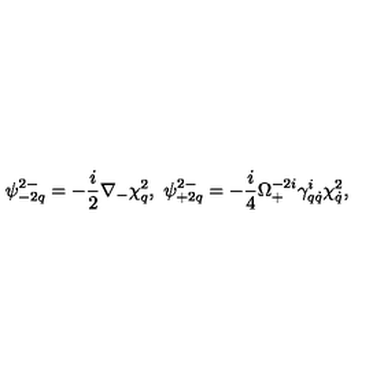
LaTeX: \psi _ { - 2 q } ^ { 2 - } = - \frac { i } { 2 } \nabla _ { - } \chi _ { q } ^ { 2 } , \ \psi _ { + 2 q } ^ { 2 - } = - \frac { i } { 4 } \Omega _ { + } ^ { - 2 i } \gamma _ { q \dot { q } } ^ { i } \chi _ { \dot { q } } ^ { 2 } ,